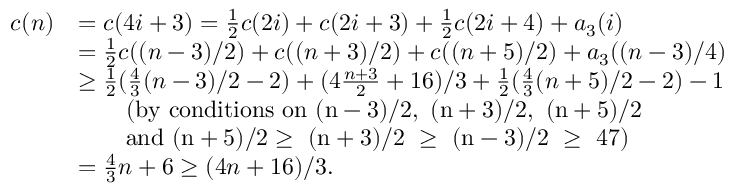
\begin{array} { r l } { c ( n ) } & { = c ( 4 i + 3 ) = { \frac { 1 } { 2 } } c ( 2 i ) + c ( 2 i + 3 ) + { \frac { 1 } { 2 } } c ( 2 i + 4 ) + a _ { 3 } ( i ) } \\ & { = { \frac { 1 } { 2 } } c ( ( n - 3 ) / 2 ) + c ( ( n + 3 ) / 2 ) + c ( ( n + 5 ) / 2 ) + a _ { 3 } ( ( n - 3 ) / 4 ) } \\ & { \geq { \frac { 1 } { 2 } } ( { \frac { 4 } { 3 } } ( n - 3 ) / 2 - 2 ) + ( 4 { \frac { n + 3 } { 2 } } + 1 6 ) / 3 + { \frac { 1 } { 2 } } ( { \frac { 4 } { 3 } } ( n + 5 ) / 2 - 2 ) - 1 } \\ & { \quad \quad \mathrm { ( b y ~ c o n d i t i o n s ~ o n ~ ( n - 3 ) / 2 , ~ ( n + 3 ) / 2 , ~ ( n + 5 ) / 2 ~ } } \\ & { \quad \quad \mathrm { a n d ~ ( n + 5 ) / 2 \geq ~ ( n + 3 ) / 2 ~ \geq ~ ( n - 3 ) / 2 ~ \geq ~ 4 7 ) ~ } } \\ & { = { \frac { 4 } { 3 } } n + 6 \geq ( 4 n + 1 6 ) / 3 . } \end{array}